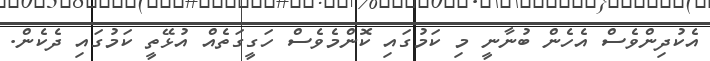
އެކުދިންވެސް އެހެން ބުނާނީ މި ކަމުގައި ކޮންމެވެސް ހަގީގަތެއް އުޅޭތީ ކަމުގައި ދެކެން.